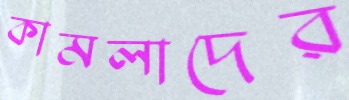
কামলাদের